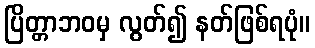
ပြိတ္တာဘဝမှ လွတ်၍ နတ်ဖြစ်ရပုံ။